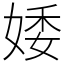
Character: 婑